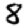
Digit: 8